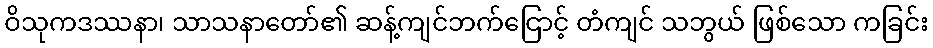
ဝိသုကဒဿနာ၊ သာသနာတော်၏ ဆန့်ကျင်ဘက်ငြောင့် တံကျင် သဘွယ် ဖြစ်သော ကခြင်း